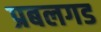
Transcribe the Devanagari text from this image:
प्रबलगड